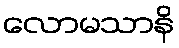
လောမသာနိ